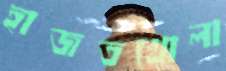
হাজতখোলা